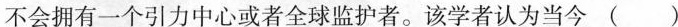
不会拥有一个引力中心或者全球监护者。该学者认为当今 ()